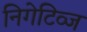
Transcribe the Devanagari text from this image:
निगेटिव्ज